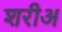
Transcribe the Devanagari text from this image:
शरीअ